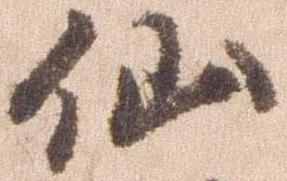
仙